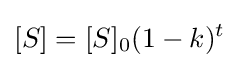
[S]=[S]_{0}(1-k)^{t}